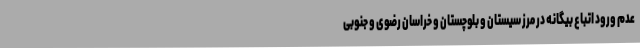
عدم ورود اتباع بیگانه در مرز سیستان و بلوچستان ‌و خراسان رضوی و جنوبی